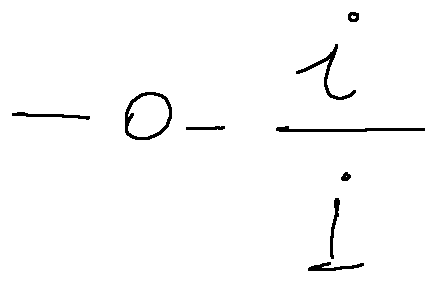
- o - \frac { i } { i }